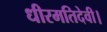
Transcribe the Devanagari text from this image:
धीरमतिदेवी।